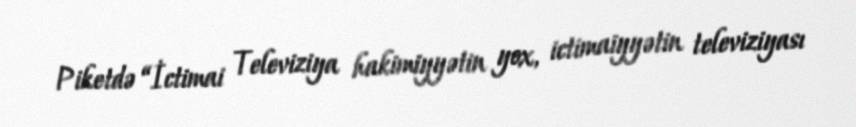
Piketdə “İctimai Televiziya hakimiyyətin yox, ictimaiyyətin televiziyası